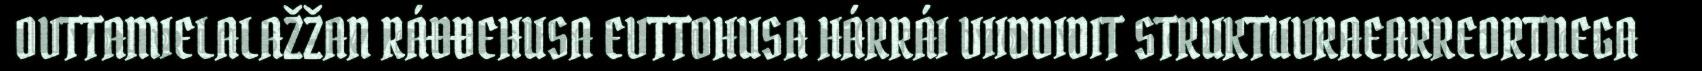
OVTTAMIELALAŽŽAN RÁĐĐEHUSA EVTTOHUSA HÁRRÁI VIIDDIDIT STRUKTUVRAEARREORTNEGA